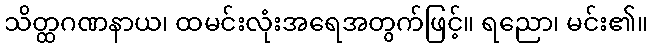
သိတ္ထဂဏနာယ၊ ထမင်းလုံးအရေအတွက်ဖြင့်။ ရညော၊ မင်း၏။